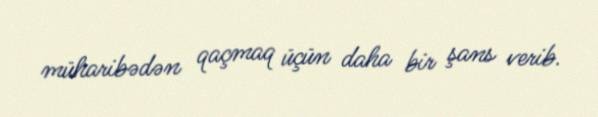
müharibədən qaçmaq üçün daha bir şans verib.